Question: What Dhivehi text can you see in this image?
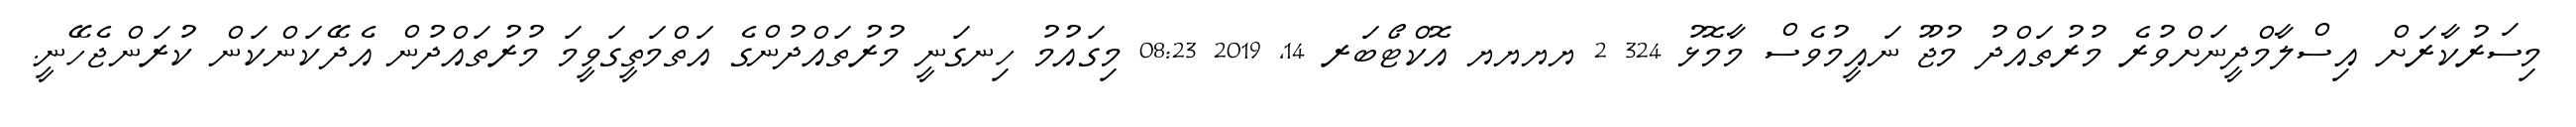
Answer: މިސަރުކާރަށް އިސްލާމްދީނަށްވުރެ މުރުތައްދު މުޖޫ ނައީމުވެސް މާމޮޅު 324 2 ޔޔޔޔ އޮކްޓޯބަރ 14, 2019 08:23 މިގައުމު ހިނގަނީ މުރުތައްދުންގެ އަތްމަތީގަވީމަ މުރުތައްދުން އެދޭކަންކަން ކުރަންޖެހޭނީ.